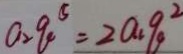
a _ { 2 } q ^ { 5 } = 2 a _ { 1 } q ^ { 2 }